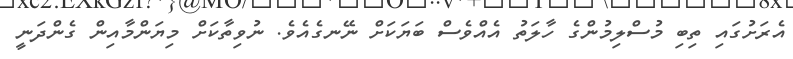
އެރަށުގައި ތިބި މުސްލިމުންގެ ހާލަތު އެއްވެސް ބަޔަކަށް ނޭނގެއެވެ. ނުވިތާކަށް މިޔަންމާއިން ގެންދަނީ